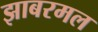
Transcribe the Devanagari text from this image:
झाबरमल